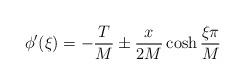
LaTeX: \begin{align*}\phi'(\xi) = -\frac{T}{M} \pm \frac{x}{2 M} \cosh \frac{\xi \pi}{M}\end{align*}